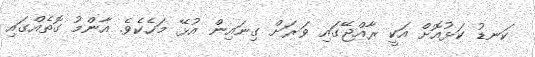
ކަނޑު ކަޅުއޮށް އަކީ ރާއްޖޭގައި ވަރަށް ގިނައިން އުޅޭ މަހެކެވެ. އާންމު ގޮތެއްގައި